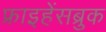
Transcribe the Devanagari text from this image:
फ्राइहेंसब्रुक